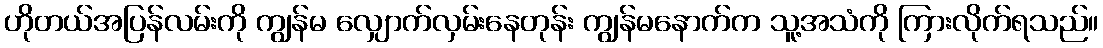
ဟိုတယ်အပြန်လမ်းကို ကျွန်မ လျှောက်လှမ်းနေတုန်း ကျွန်မနောက်က သူ့အသံကို ကြားလိုက်ရသည်။